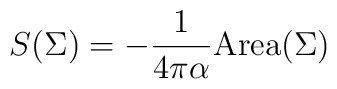
S(\Sigma )= -{1\over 4\pi\alpha}{\rm Area}(\Sigma )